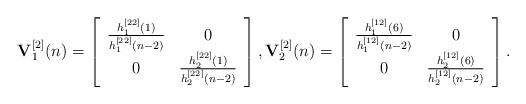
LaTeX: \begin{align*}{\bf{V}}_1^{[2]}(n) = \left[ {\begin{array}{*{20}{c}}{\frac{{h_1^{[22]}(1)}}{{h_1^{[22]}(n - 2)}}}&0\\0&{\frac{{h_2^{[22]}(1)}}{{h_2^{[22]}(n - 2)}}}\end{array}} \right],{\bf{V}}_2^{[2]}(n) = \left[ {\begin{array}{*{20}{c}}{\frac{{h_1^{[12]}(6)}}{{h_1^{[12]}(n - 2)}}}&0\\0&{\frac{{h_2^{[12]}(6)}}{{h_2^{[12]}(n - 2)}}}\end{array}} \right].\end{align*}